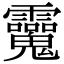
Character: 𩵂